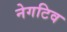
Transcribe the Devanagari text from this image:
नेगटिव